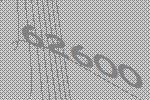
62600